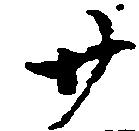
廿